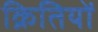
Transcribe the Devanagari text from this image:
क्रितियों